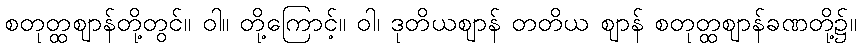
စတုတ္ထဈာန်တို့တွင်။ ဝါ။ တို့ကြောင့်။ ဝါ၊ ဒုတိယဈာန် တတိယ ဈာန် စတုတ္ထဈာန်ခဏတို့၌။